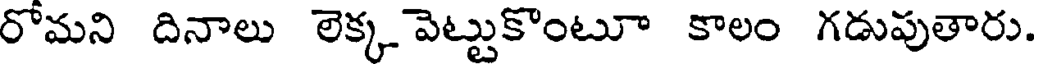
రోమని దినాలు లెక్క పెట్టుకొంటూ కాలం గడుపుతారు.